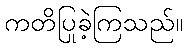
ကတိပြုခဲ့ကြသည်။